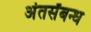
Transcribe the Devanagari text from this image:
अंतर्संबन्ध